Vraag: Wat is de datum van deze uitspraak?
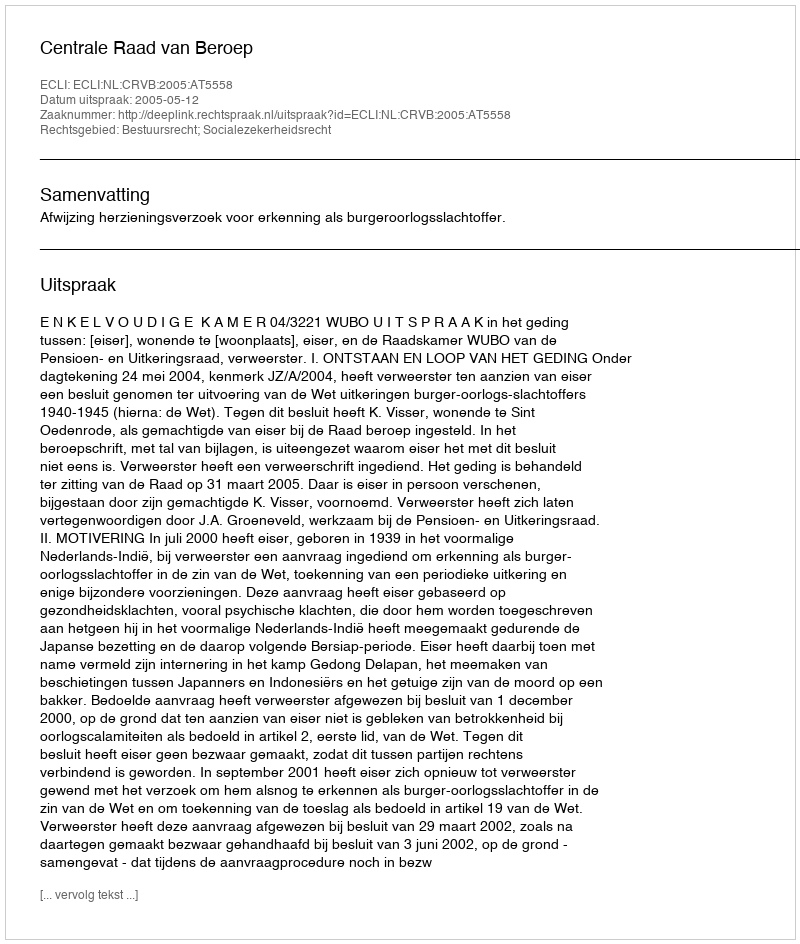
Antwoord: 2005-05-12